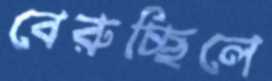
বেরুচ্ছিলে